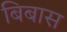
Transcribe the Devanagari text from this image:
बिबास